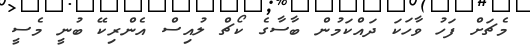
މެޗަށް ފަހު ވާހަކަ ދައްކަމުން ބާސާގެ ކޯޗް ލުއިސް އެންރިކޭ ބުނީ މެސީ